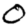
Digit: 0